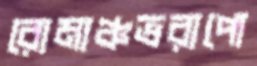
রোমাঞ্চভরাপো